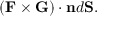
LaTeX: ( \mathbf { F } \times \mathbf { G } ) \cdot \mathbf { n } d \mathbf { S } .